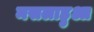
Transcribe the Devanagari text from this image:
मसलाहुआ